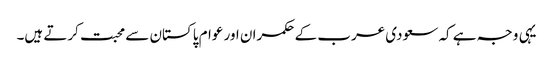
یہی وجہ ہے کہ سعودی عرب کے حکمران اور عوام پاکستان سے محبت کرتے ہیں۔